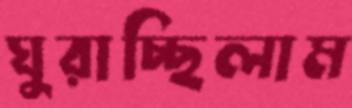
ঘুরাচ্ছিলাম